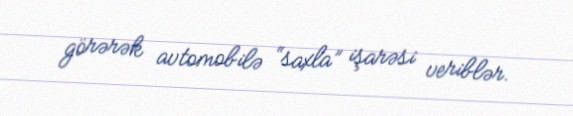
görərək avtomobilə “saxla” işarəsi veriblər.